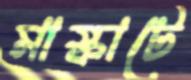
মাস্কাটে